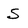
Character: s